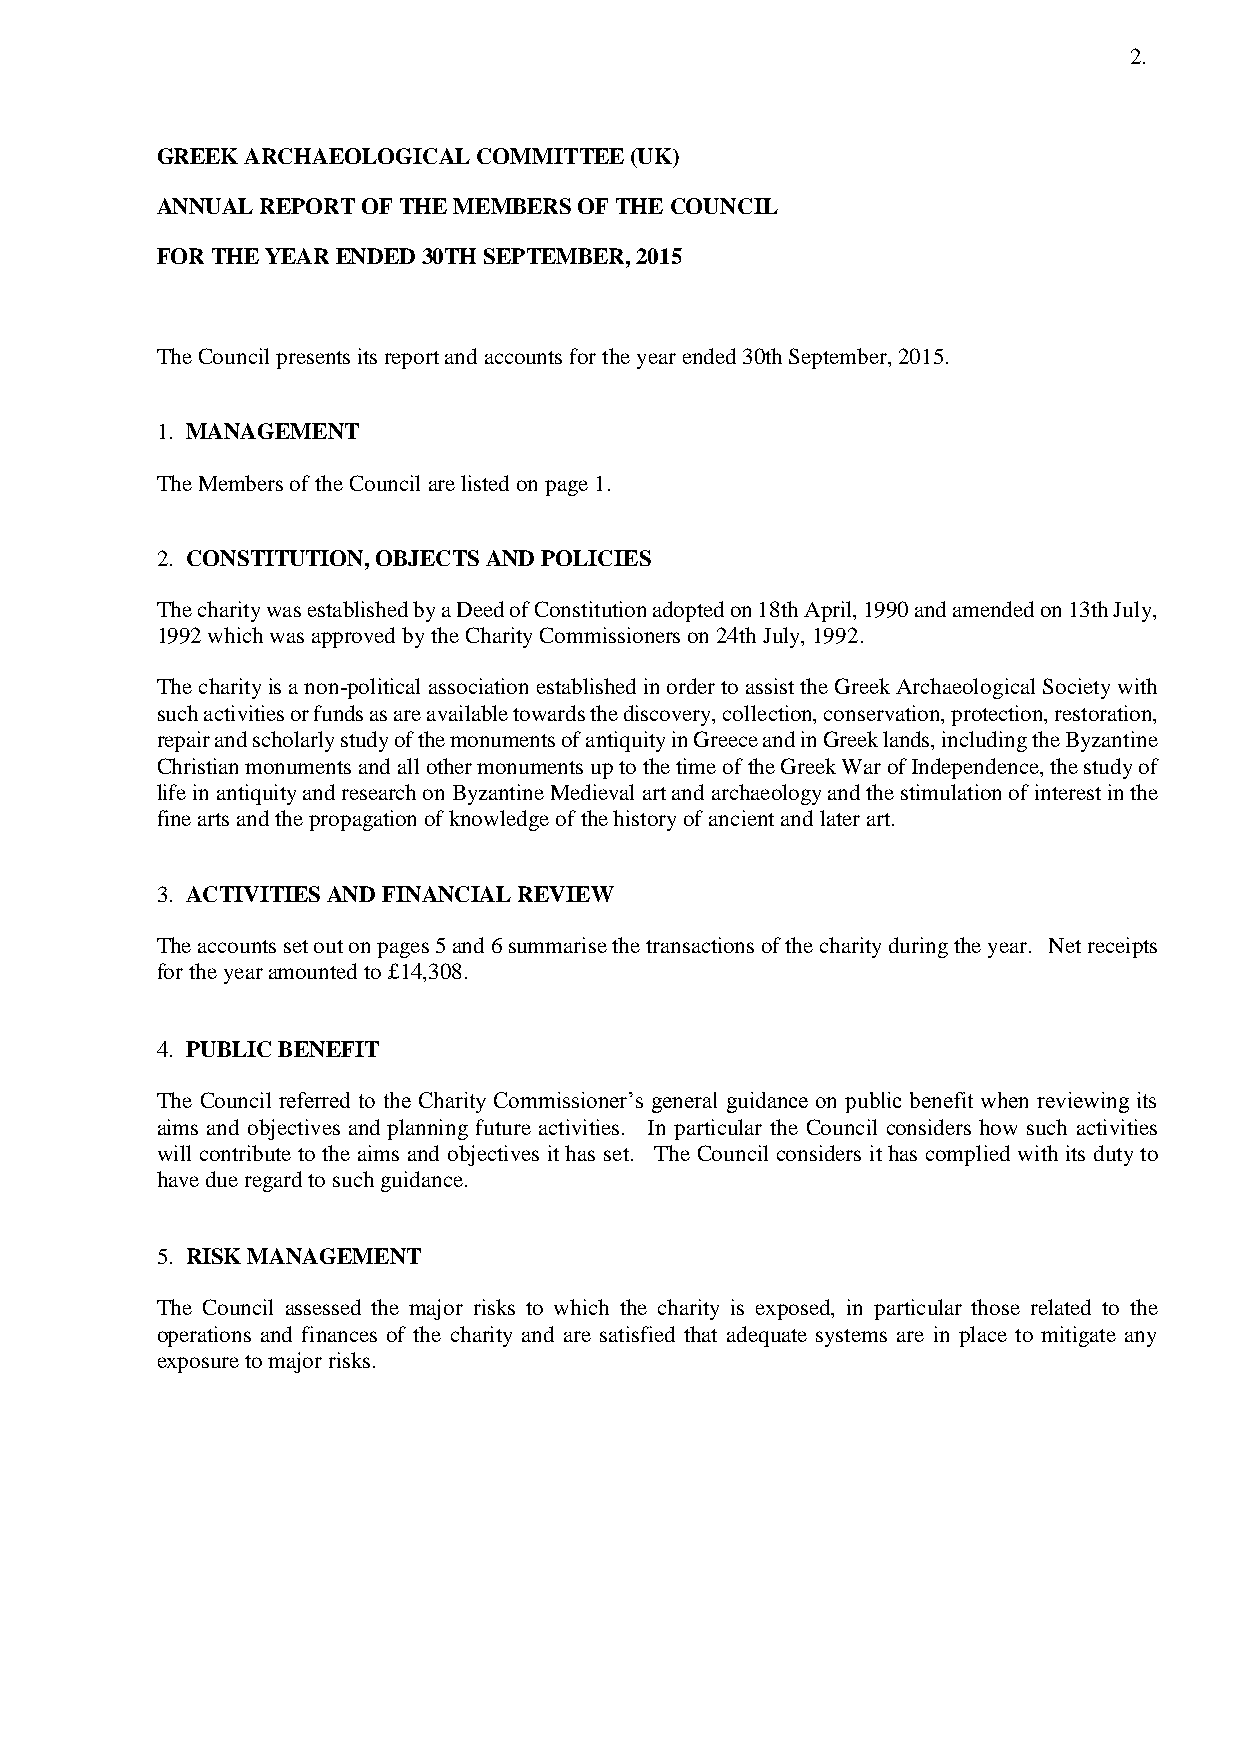
2.
 GREEK ARCHAEOLOGICAL  COMMITTEE (UK)
 ANNUAL REPORT OF THE MEMBERS OF THE COUNCIL
 FOR THE YEAR ENDED 30TH SEPTEMBER, 2015
 The Council presents its report and accounts for the year ended 30th September, 2015.
 1. MANAGEMENT
 The Members of the Council are listed on page 1.
 2. CONSTITUTION, OBJECTS AND POLICIES
 The charity was established by a Deed of Constitution adopted on 18th April, 1990 and amended on 13th July,
 1992 which was approved by the Charity Commissioners on 24th July, 1992.
 The charity is a non-political association established in order to assist the Greek Archaeological Society with
 such activities or funds as are available towards the discovery, collection, conservation, protection, restoration,
 repair and scholarly study of the monuments of antiquity in Greece and in Greek lands, including the Byzantine
 Christian monuments and all other monuments up to the time of the Greek War of Independence, the study of
 life in antiquity and research on Byzantine Medieval art and archaeology and the stimulation of interest in the
 fine arts and the propagation of knowledge of the history of ancient and later art.
 3. ACTIVITIES AND FINANCIAL REVIEW
 The accounts set out on pages 5 and 6 summarise the transactions of the charity during the year. Net receipts
 for the year amounted to £14,308.
 4. PUBLIC BENEFIT
 The Council referred to the Charity Commissioner’s general guidance on public benefit when reviewing its
 aims and objectives and planning future activities. In particular the Council considers how such activities
 will contribute to the aims and objectives it has set. The Council considers it has complied with its duty to
 have due regard to such guidance.
 5. RISK MANAGEMENT
 The Council assessed the major risks to which the charity is exposed, in particular those related to the
 operations and finances of the charity and are satisfied that adequate systems are in place to mitigate any
 exposure to major risks.